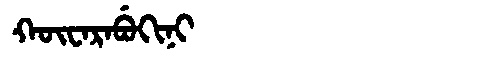
Manchu: ᡴᡡᠸᠠᡵᠠᠪᡠᡴᡳᠨᡳ
Romanization: KŪWARABUKINI